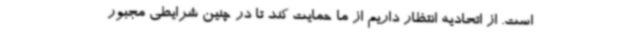
است. از اتحادیه انتظار داریم از ما حمایت کند تا در چنین شرایطی مجبور